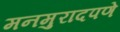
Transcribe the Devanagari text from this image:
मनमुरादपणे